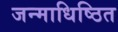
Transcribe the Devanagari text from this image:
जन्माधिष्ठित